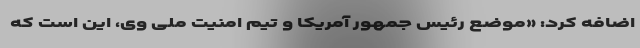
اضافه کرد: «موضع رئیس جمهور آمریکا و تیم امنیت ملی وی،‌ این است که